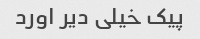
پیک خیلی دیر اورد